Report on sanitation, dispensaries, and jails in Rajputana for 1913, and on vaccination for the year 1913-1914 - 1913-1914
Year: 1913
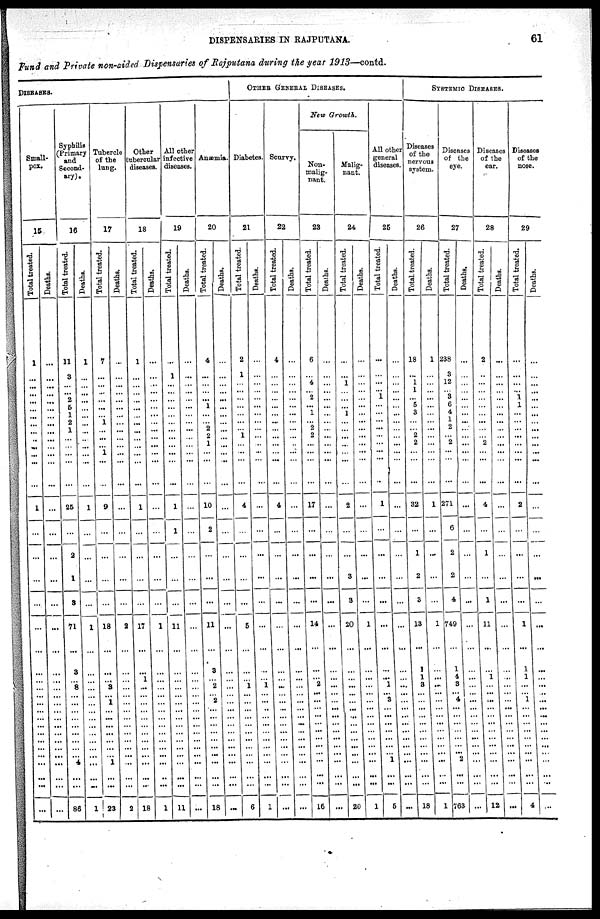
DISPENSARIES IN RAJPUTANA.
61
Fund and Private non-aided Dispensaries of Rqjputana during the year 1913—contd.
DISEASES.
Small¬
pox.
15
Total treated.
1
...
...
...
...
...
...
...
...
...
...
...
...
...
1
...
...
...
...
...
...
...
...
...
... ...
...
...
...
...
...
...
...
...
...
...
...
Deaths.
...
...
...
...
...
...
...
...
...
...
...
...
...
...
...
...
...
...
...
...
...
...
...
...
... ...
...
...
...
...
...
...
...
...
...
...
...
Syphilis
Primary
and
Second-
ary).
16
Total treated.
11
3
...
... 2
5
1
2
1
...
...
...
...
...
25
...
2
1
3
71
...
8
... 8
... ...
...
...
...
...
...
...
... 4
...
...
86
Deaths.
1
...
...
...
...
...
...
...
...
...
...
...
...
...
1
...
...
...
...
1
...
...
...
...
... ...
...
...
...
...
...
...
...
...
...
...
1
Tubercle
of the
lung.
17
Total treated.
7
...
...
...
...
...
... 1
...
...
...
1
...
...
9
...
...
...
...
18
...
...
... 3
... 1
...
...
...
...
...
...
... 1
...
...
23
Deaths.
...
...
...
...
...
...
...
...
...
...
...
...
...
...
...
...
...
...
...
2
...
...
...
...
... ...
...
...
...
...
...
...
...
...
...
...
2
Other
tubercular
diseases.
18
Total treated.
1
...
...
...
...
...
...
...
...
... ...
...
...
...
1
...
...
...
...
17
...
...
1
...
... ...
...
...
...
...
...
...
...
...
...
...
18
Deaths.
...
...
..
...
...
...
...
...
...
...
...
...
...
...
...
...
...
...
...
1
...
...
...
...
... ...
...
...
...
...
...
...
...
...
..
...
1
All other
infective
diseases.
19
Total treated.
...
1
...
...
...
...
...
...
...
...
...
...
...
...
1
1
...
...
...
11
...
...
...
...
... ...
...
...
...
...
...
...
...
...
...
...
11
Deaths.
...
...
...
...
...
...
...
...
...
...
...
...
...
...
...
...
...
...
...
...
...
...
...
...
... ...
...
...
...
...
...
...
...
...
...
...
...
Anæmia.
20
Total treated.
4
...
...
...
...
1
...
... 2
2
1
...
...
...
10
2
...
...
...
11
...
3
...
2
... 2
...
...
...
...
...
... ...
...
...
...
18
Deaths.
...
...
...
...
...
...
...
...
...
...
...
...
...
...
...
...
...
...
...
...
...
...
...
...
... ...
...
...
...
...
...
...
...
...
...
...
...
OTHER GENERAL DISEASES.
Diabetes.
21
Total treated.
2
1
...
...
...
...
...
...
...
1
...
...
...
...
4
...
...
...
...
5
...
...
...
1
... ...
...
...
...
...
...
...
...
...
...
...
6
Deaths.
...
...
...
...
...
...
...
...
...
...
..
...
...
...
...
...
...
...
...
...
...
...
...
1
... ...
...
...
...
...
...
...
...
...
...
...
1
Scurvy.
22
Total treated.
4
...
...
...
...
...
... ...
...
...
...
...
...
...
4
...
...
...
...
...
...
...
...
...
... ...
...
...
...
...
...
...
...
...
...
...
...
Deaths.
...
...
...
...
...
...
...
...
...
...
..
...
...
...
...
...
...
...
...
...
...
...
...
...
... ...
...
...
...
...
...
...
...
...
...
...
...
New Growth.
Non¬
malig¬
nant.
23
Total treated.
6
...
4
... 2
... 1
... 2
2
...
...
...
...
17
...
...
...
...
14
...
...
... 2
... ...
...
...
...
...
...
...
...
...
...
...
16
Deaths.
...
...
...
...
...
...
...
...
...
...
...
...
...
...
...
...
...
...
...
...
...
...
...
...
... ...
...
...
...
...
...
...
...
...
..
...
...
Malig-
nant.
24
Total treated.
...
...
1
...
...
... 1
...
...
...
...
...
...
...
2
...
...
3
3
20
...
...
...
...
... ...
...
...
...
...
...
...
...
...
...
...
20
Deaths.
...
...
...
...
...
...
...
...
...
...
...
...
...
...
...
...
...
...
...
1
...
...
...
...
... ...
...
...
...
...
...
...
., ...
...
...
1
All other
general
diseases.
25
Total treated.
...
...
...
...
1
...
...
...
...
...
...
...
...
...
1
...
...
...
...
...
...
...
... 1
... 3
...
...
...
...
...
...
... 1
...
...
5
Deaths.
...
...
...
...
...
...
...
...
...
...
...
...
...
...
...
...
...
...
...
...
...
...
...
...
... ...
...
...
...
...
...
...
...
...
...
...
...
SYSTEMIC DISEASES.
Diseases
of the
nervous
system.
26
Total treated.
18
...
1
1
...
5
3
...
...
2
2
...
...
...
32
...
1
2
3
13
...
1
1
3
... ...
...
...
...
...
...
...
...
...
...
...
18
Deaths.
1
...
...
...
...
...
...
...
...
...
...
...
...
...
1
...
...
...
...
1
...
...
...
...
... ...
...
...
...
...
...
...
...
...
...
...
1
Diseases
of the
eye.
27
Total treated.
238
3
12
...
3
6
4
1
2
... 2
...
...
...
271
6
2
2
4
749
...
1
4
3
... 4
...
...
...
...
...
...
... 2
...
...
763
Deaths.
...
...
...
...
...
...
...
...
...
...
...
...
...
...
...
...
...
...
...
...
...
...
...
...
...
...
...
...
...
...
... ...
...
...
...
...
...
Diseases
of the
ear.
28
Total treated.
2
...
...
...
...
...
...
...
...
...
2
...
...
...
4
...
1
...
1
11
...
...
1
...
... ...
...
...
...
...
...
...
...
...
...
15
Deaths.
...
...
...
...
...
...
...
...
...
...
...
...
...
...
7
...
...
...
...
...
...
...
...
... ...
...
...
...
...
...
...
...
...
...
...
...
Diseases
of the
nose.
29
Total treated.
...
...
...
...
1
1
...
...
...
...
...
...
...
...
2
...
...
...
...
1
...
1
1
...
... 1
...
...
...
...
...
...
... ...
...
...
4
Deaths.
...
...
...
...
...
...
...
...
...
...
...
...
...
...
...
...
...
...
...
...
...
...
... ...
...
...
...
...
...
... ...
...
...
...
...